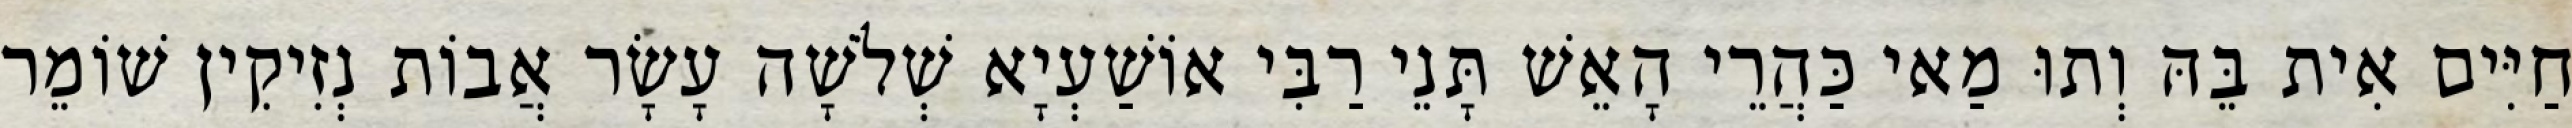
חַיִּים אִית בֵּהּ וְתוּ מַאי כַּהֲרֵי הָאֵשׁ תָּנֵי רַבִּי אוֹשַׁעְיָא שְׁלֹשָׁה עָשָׂר אֲבוֹת נְזִיקִין שׁוֹמֵר